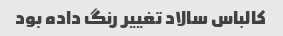
کالباس سالاد تغییر رنگ داده بود